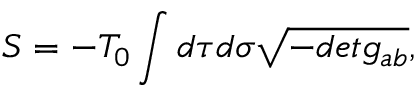
S = - T _ { 0 } \int d \tau d \sigma \sqrt { - d e t g _ { a b } } ,